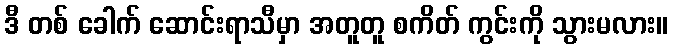
ဒီ တစ် ခေါက် ဆောင်းရာသီမှာ အတူတူ စကိတ် ကွင်းကို သွားမလား။